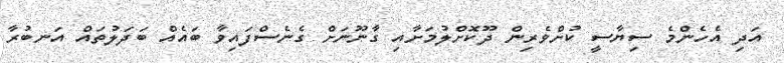
އަދި އެހެންމެ ސިޔާސީ ކުށްވެރިން ދޫކޮށްލުމަށާއި ގާނޫނަށް ގެނެސްފައިވާ ބައެއް ބަދަލުތައް އަނބުރާ